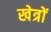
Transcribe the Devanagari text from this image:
खेत्रों